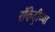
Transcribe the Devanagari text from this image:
रॉकेट्रीच्या